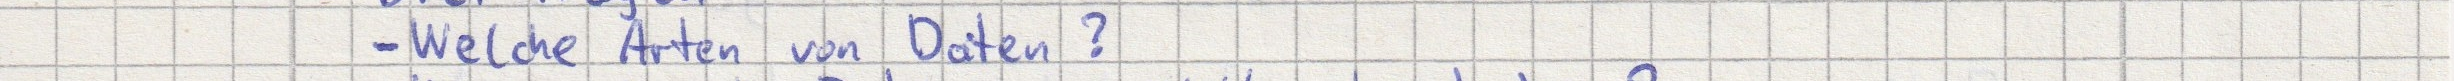
- Welche Arten von Daten?